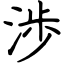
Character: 渉